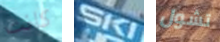
كانت SKI تشول